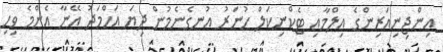
އިންޖިނިއަރިންގެ އިލްމާއި ޓެކްނިކަލް ހުނަރު އުނގެނެމުން ދިޔަ އަހްމަދު އޭނާ އެންމެ ވިހި